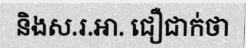
និងស.រ.អា. ជឿជាក់ថា